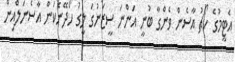
އެޓީމުގެ ކޯޗު އާސެން ވެންގާ ބުނީ އަންނަ ސީޒަނުގަ ލީގު ހޯދޭނެކަން އާސެނަލްއިން